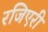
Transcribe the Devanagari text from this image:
रजिएरी